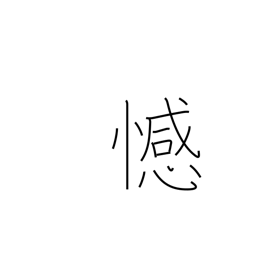
Meaning: remorse